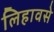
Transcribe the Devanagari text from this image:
लिहावसे